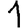
Digit: 1